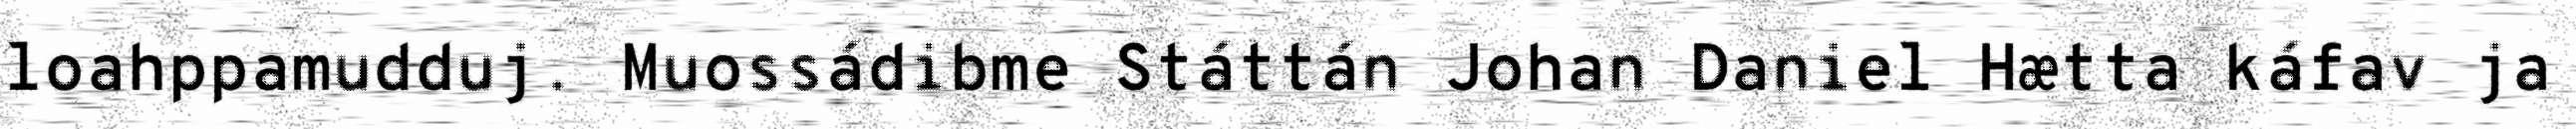
loahppamudduj. Muossádibme Státtán Johan Daniel Hætta káfav ja